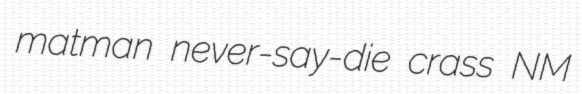
matman never-say-die crass NM